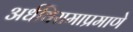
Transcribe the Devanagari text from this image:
अर्धविरामाप्रमाणे